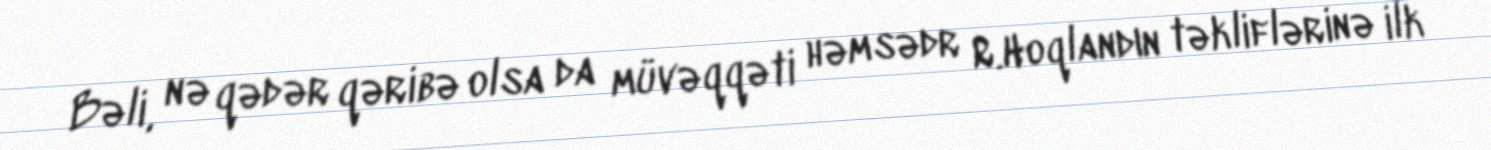
Bəli, nə qədər qəribə olsa da müvəqqəti həmsədr R.Hoqlandın təkliflərinə ilk